Indian journal of veterinary science and animal husbandry - Volumes 22-23, 1952-1953
Year: 1952
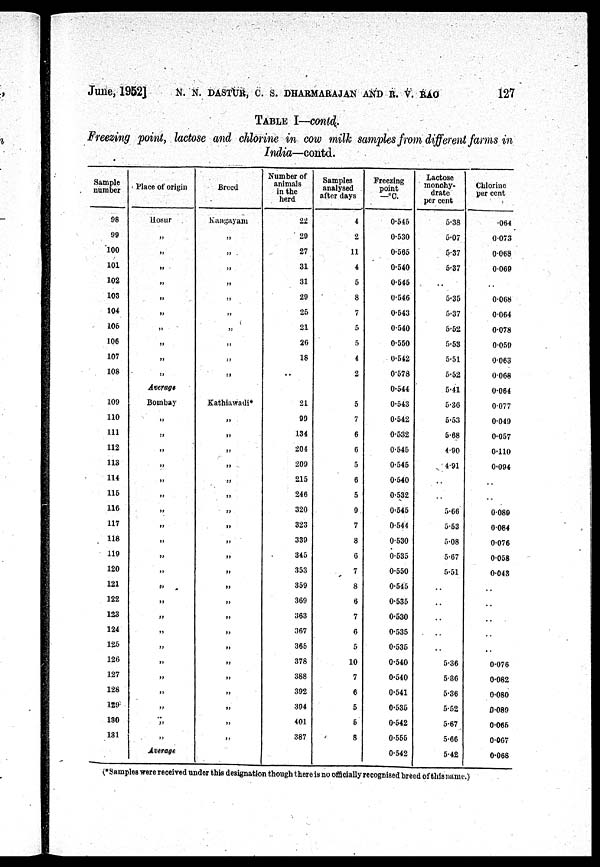
June, 1952] N. N. DASTUR, C. S. DHARMARAJAN AND R. V. RAO 127
TABLE I—contd.
Freezing point, lactose and chlorine in cow milk samples from different farms in
India—contd.
Sample
number
98
99
100
101
102
103
104
106
106
107
108
109
110
111
112
113
114
115
116
117
118
119
120
121
122
123
124
125
126
127
128
129
130
131
Place of origin
Hosur
„
„
„
„
„
„
„
„
„
„
Average
Bombay
„
„
„
„
„
„
„
„
„
„
„
„
„
„
„
„
„
„
„
„
„
„
Average
Breed
Kangayam
„
„
„
„
„
„
„
„
„
„
Kathiawadi*
„
„
„
„
„
„
„
„
„
„
„
„
„
„
„
„
„
„
„
„
„
„
Number of
animals
in the
herd
22
29
27
31
31
29
25
21
26
18
..
21
99
134
204
209
215
246
320
323
339
345
353
359
369
363
367
365
378
388
392
394
401
387
Samples
analysed
after days
4
2
11
4
5
8
7
5
5
4
2
5
7
6
6
5
6
5
9
7
8
6
7
8
6
7
6
5
10
7
6
5
5
8
Freezing
point
—°C.
0.546
0.530
0.565
0.540
0.545
0.546
0.543
0.540
0.550
0.542
0.578
0.544
0.543
0.542
0.532
0.545
0.545
0.540
0.532
0.546
0.544
0.530
0.535
0.550
0.545
0.535
0.530
0.535
0.535
0.540
0.540
0.541
0.535
0.542
0.556
0.542
Lactose
monohy-
drate
per cent
5.38
5.07
5.37
5.37
..
5.35
5.37
5.62
5.53
5.51
5.52
5.41
5.36
5.53
5.68
4.90
4.91
..
..
5.66
5.53
5.08
5.67
5.51
..
..
..
..
..
5.36
5.36
5.36
5.52
5.67
5.66
5.42
Chlorine
per cent
.064
0.073
0.068
0.069
..
0.068
0.064
0.078
0.059
0.063
0.068
0.064
0.077
0049
0.057
0.110
0.094
..
..
0.089
0.084
0.076
0.058
0.043
..
..
..
..
..
0.076
0.082
0.080
0.080
0.065
0.067
0.068
(*Samples were received under this designation though there is no officially recognised breed of this name.)